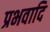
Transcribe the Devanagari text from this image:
प्रभवादि